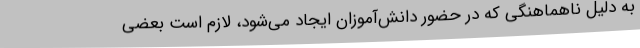
به دلیل ناهماهنگی که در حضور دانش‌آموزان ایجاد می‌شود، لازم است بعضی